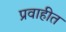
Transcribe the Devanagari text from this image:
प्रवाहीत